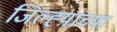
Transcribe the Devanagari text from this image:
जिल्ह्य़ांच्या